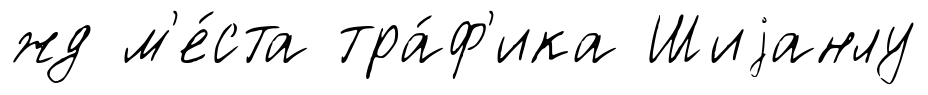
жд м'е́ста тра́ф'ика Шиjанлу